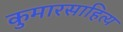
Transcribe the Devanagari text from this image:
कुमारसाहित्य